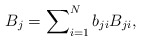
\begin{align*} B_j = \sum\nolimits_{i=1}^N b_{ji} B_{ji}, \end{align*}